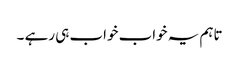
تاہم یہ خواب خواب ہی رہے ۔